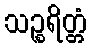
သဉ္စရိတ္တံ